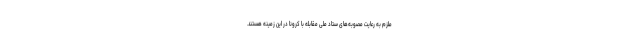
ملزم به رعایت مصوبه‌های ستاد ملی مقابله با کرونا در این زمینه هستند.